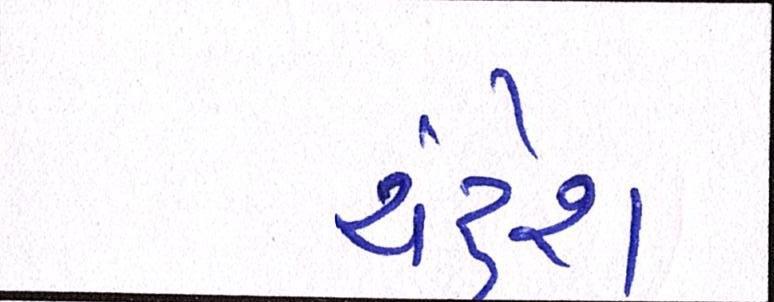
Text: ચંદ્રેશ